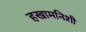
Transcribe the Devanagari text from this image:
हखामनिशी